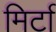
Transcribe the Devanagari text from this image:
मिर्टा